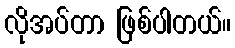
လိုအပ်တာ ဖြစ်ပါတယ်။